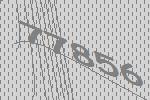
77856